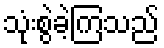
သုံးစွဲခဲ့ကြသည်